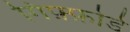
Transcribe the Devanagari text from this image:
गिफ़्फ़ोर्ड